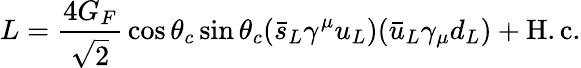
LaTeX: L={\frac{4G_{F}}{\sqrt 2}}\cos\theta_{c}\sin\theta_{c}(\bar{s}_{L}\gamma^{\mu}u_{L})(\bar{u}_{L}\gamma_{\mu}d_{L})+\mathrm{H.c.}